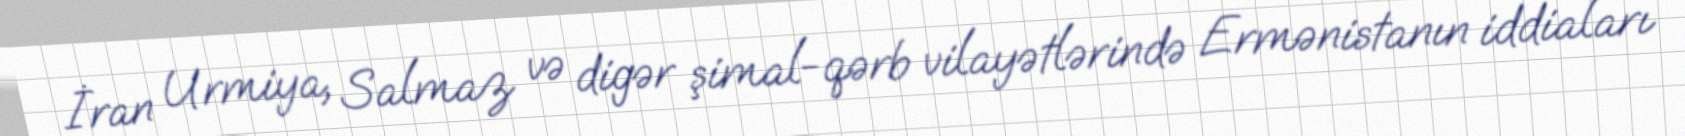
İran Urmiya, Salmaz və digər şimal-qərb vilayətlərində Ermənistanın iddiaları